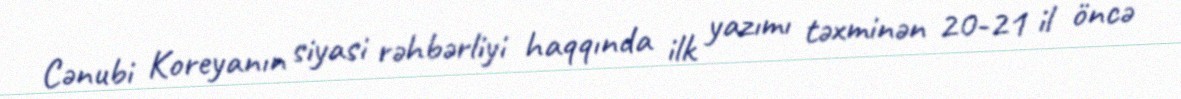
Cənubi Koreyanın siyasi rəhbərliyi haqqında ilk yazımı təxminən 20-21 il öncə